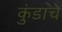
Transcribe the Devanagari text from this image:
कुंडाचे